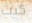
كيب